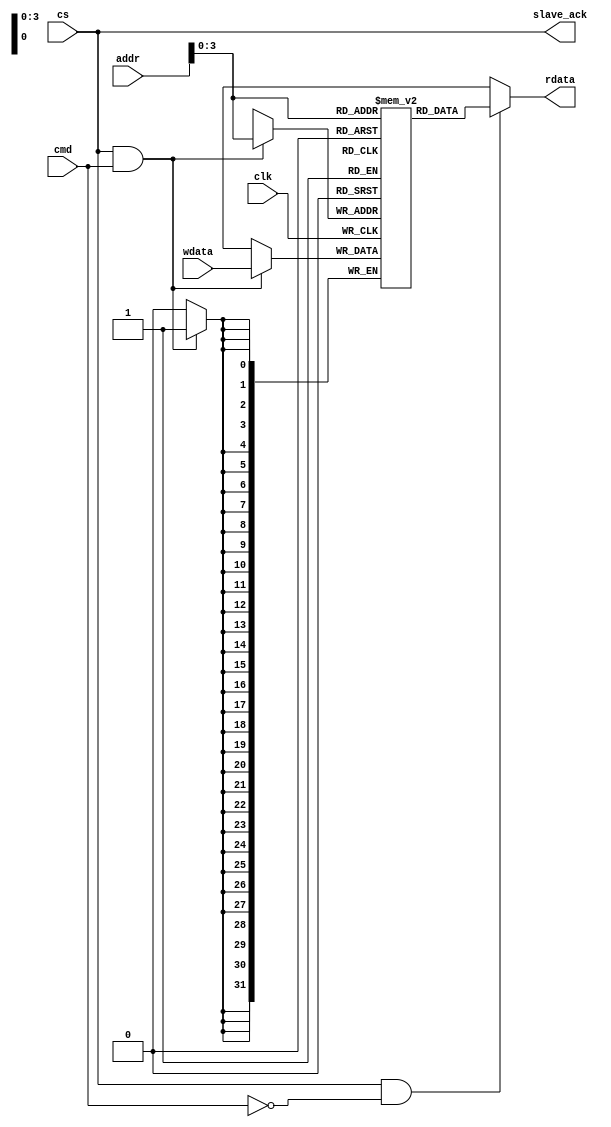
module ram_slave #(
    parameter BASE_ADDR  = 32'h00_00_00_00,
    parameter DEPTH      = 10,
    parameter DATA_WIDTH = 32,
    parameter ADDR_WIDTH = 32
)(
    input                       clk,
    input  [ADDR_WIDTH - 1 : 0] addr,
    input  [DATA_WIDTH - 1 : 0] wdata,
    input                       cs,    // request from master
    input                       cmd,   // 0 - read, 1 - write
    output [DATA_WIDTH - 1 : 0] rdata,
    output                      slave_ack
);
    reg [DATA_WIDTH - 1 : 0] mem [BASE_ADDR + DEPTH - 1: BASE_ADDR];

    always @(posedge clk) begin
        if(cs & cmd) begin
            mem[addr] <= wdata;
        end
    end

    assign rdata    = (cs & !cmd) ? mem[addr] : {DATA_WIDTH{1'bx}};
    assign slave_ack = cs;
    
endmodule